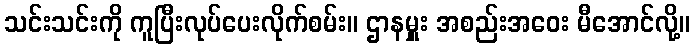
သင်းသင်းကို ကူပြီးလုပ်ပေးလိုက်စမ်း။ ဌာနမှူး အစည်းအဝေး မီအောင်လို့။